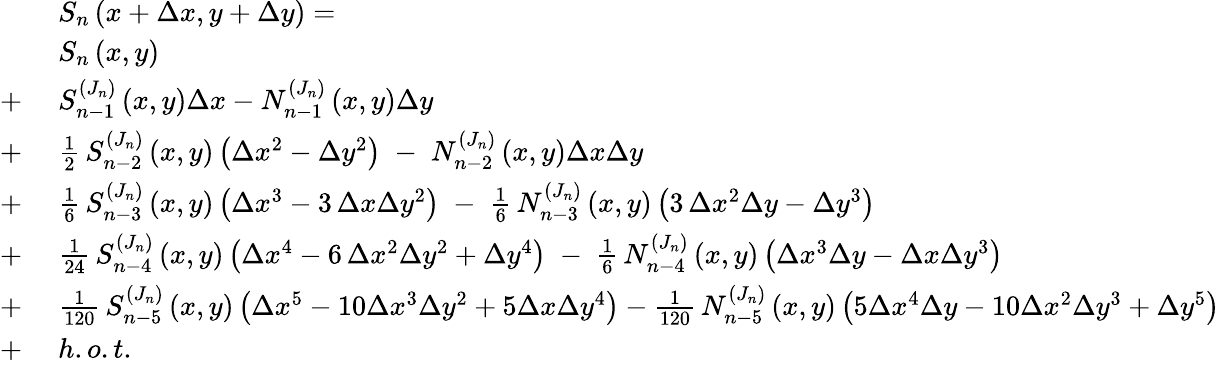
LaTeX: \begin{array}{rl}&{S_{n}\left(x+\Delta x,y+\Delta y\right)=}\\ &{S_{n}\left(x,y\right)}\\ {+\; }&{S_{n-1}^{(J_{n})}\left(x,y\right)\Delta x-N_{n-1}^{(J_{n})}\left(x,y\right)\Delta y}\\ {+\; }&{\frac{1}{2}\, S_{n-2}^{(J_{n})}\left(x,y\right)\left(\Delta x^{2}-\Delta y^{2}\right)\; -\; N_{n-2}^{(J_{n})}\left(x,y\right)\Delta x\Delta y}\\ {+\; }&{\frac{1}{6}\, S_{n-3}^{(J_{n})}\left(x,y\right)\left(\Delta x^{3}-3\, \Delta x\Delta y^{2}\right)\; -\; \frac{1}{6}\, N_{n-3}^{(J_{n})}\left(x,y\right)\left(3\, \Delta x^{2}\Delta y-\Delta y^{3}\right)}\\ {+\; }&{\frac{1}{24}\, S_{n-4}^{(J_{n})}\left(x,y\right)\left(\Delta x^{4}-6\, \Delta x^{2}\Delta y^{2}+\Delta y^{4}\right)\; -\; \frac{1}{6}\, N_{n-4}^{(J_{n})}\left(x,y\right)\left(\Delta x^{3}\Delta y-\Delta x\Delta y^{3}\right)}\\ {+\; }&{\frac{1}{120}\, S_{n-5}^{(J_{n})}\left(x,y\right)\left(\Delta x^{5}-10\Delta x^{3}\Delta y^{2}+5\Delta x\Delta y^{4}\right)-\frac{1}{120}\, N_{n-5}^{(J_{n})}\left(x,y\right)\left(5\Delta x^{4}\Delta y-10\Delta x^{2}\Delta y^{3}+\Delta y^{5}\right)}\\ {+\; }&{h.o.t.}\end{array}